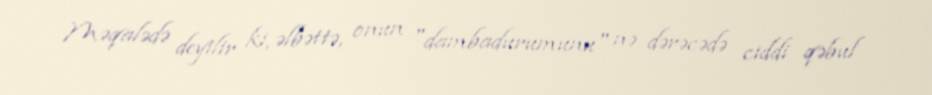
Məqalədə deyilir ki, əlbəttə, onun "dambadurumunu" nə dərəcədə ciddi qəbul